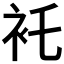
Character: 𧘐